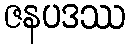
ဇနပဒဿ